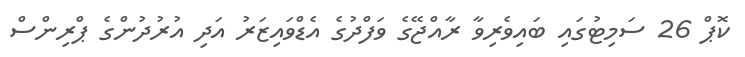
ކޮޕް 26 ސަމިޓުގައި ބައިވެރިވާ ރާއްޖޭގެ ވަފްދުގެ އެޑްވައިޒަރު އަދި އުރުދުންގެ ޕްރިންސް